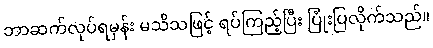
ဘာဆက်လုပ်ရမှန်း မသိသဖြင့် ရပ်ကြည့်ပြီး ပြုံးပြလိုက်သည်။